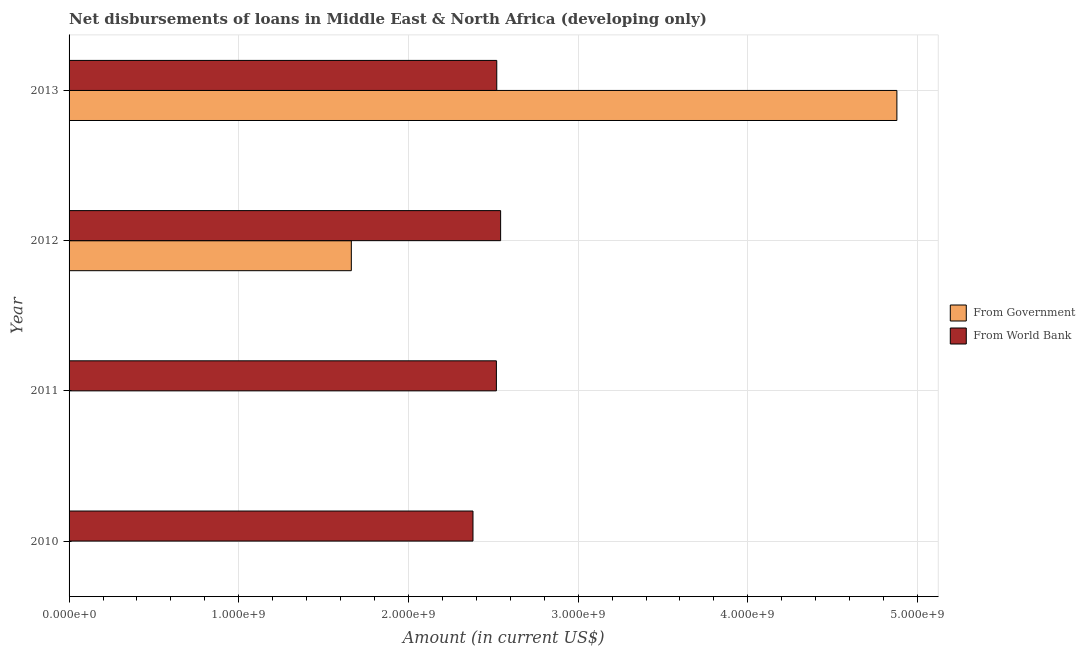
| Year | From Government | From World Bank |
 | --- | --- | --- |
 | 2010 | -1.1e+09 | 2.38e+09 |
 | 2011 | -1.48e+09 | 2.52e+09 |
 | 2012 | 1.66e+09 | 2.54e+09 |
 | 2013 | 4.88e+09 | 2.52e+09 |